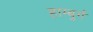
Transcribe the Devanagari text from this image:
हाम्बुर्ग